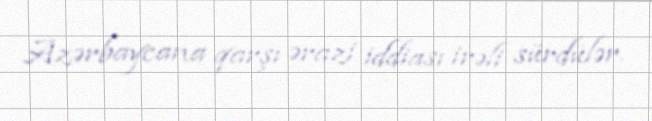
Azərbaycana qarşı ərazi iddiası irəli sürdülər.